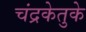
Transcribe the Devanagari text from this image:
चंद्रकेतुके